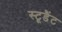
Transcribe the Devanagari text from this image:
स्टूडैंट